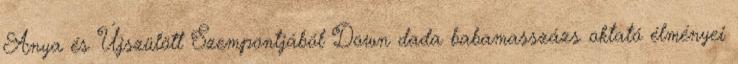
Anya és Újszülött Szempontjából Down dada babamasszázs oktató élményei